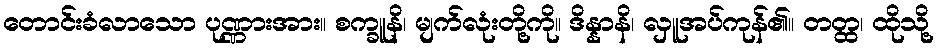
တောင်းခံလာသော ပုဏ္ဏားအား။ စက္ခူနိ၊ မျက်လုံးတို့ကို။ ဒိန္နာနိ၊ လှူအပ်ကုန်၏။ တတ္ထ၊ ထိုသို့